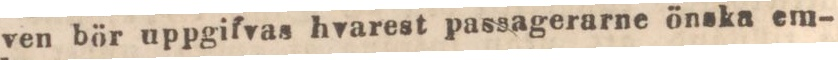
ven bör uppgifvas hvarest passagerarne önska em-